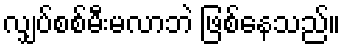
လျှပ်စစ်မီးမလာဘဲ ဖြစ်နေသည်။